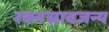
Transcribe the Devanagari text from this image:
रक्तस्रावजन्य